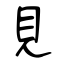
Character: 見